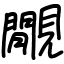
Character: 覵